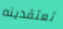
تعتقدينه